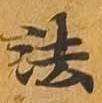
法